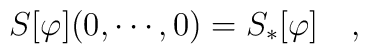
S[\varphi](0,\cdots,0)=S_*[\varphi]\quad,